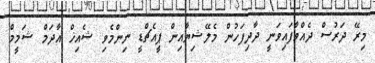
މިރޭ ދަރުސް ދެއްވާފައިވަނީ ދާދިފަހުން މެލޭޝިޔާއިން ޕީއެޗްޑީ ނިންމެވި ޝެއިޚް އާދަމް ޝަމީމް